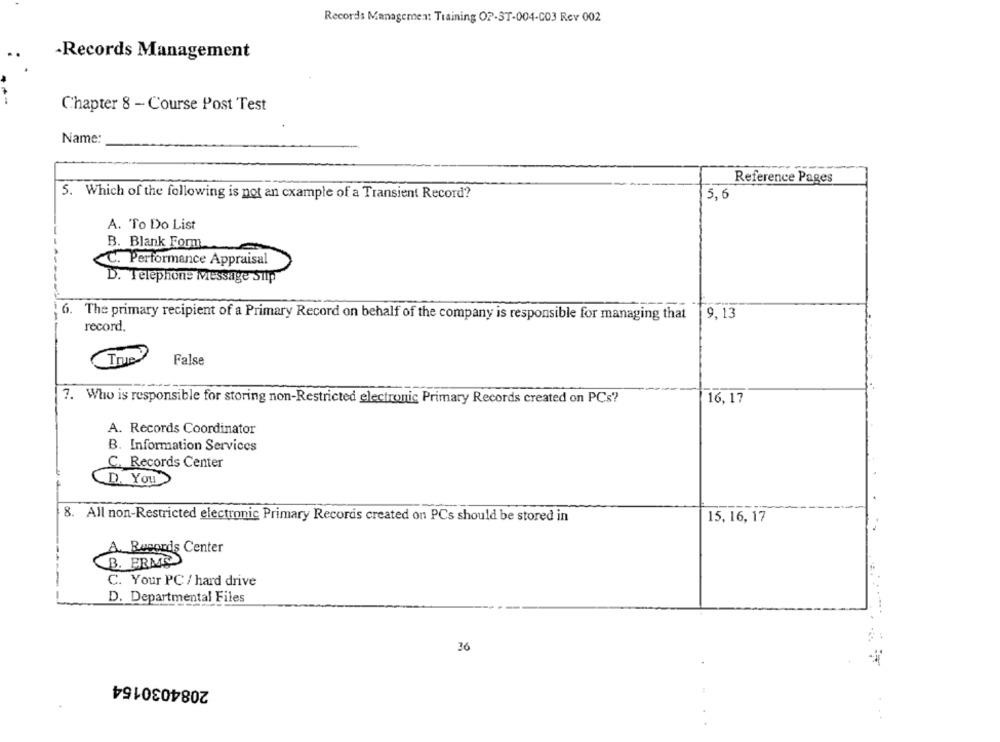
Records Management Training OP-ST-004-C03 Rev 002
-Records Management
Chapter 8 - Course Post Test
Name:
Reference Pages
5. Which of the following is not an cxample of a Transient Record?
5,6
A. To Do List
B. Blank Form
C. Performance Appraisal
D. Telephone Message Sulp
6. The primary recipient of a Primary Record on behalf of the company is responsible for managing that
9,13
record.
False
7. Who is responsible for storing non-Restricted electronic Primary Records created on PCs?
16, 17
A. Records Coordinator
B. Information Services
C. Records Center
D. You
8. All non-Restricted electronic Primary Recordis created on PCs should be stored in
15, 16, 17
A. Records Center
B. FRMO
C. Your PC / hard drive
D. Departmental Files
36
2084030154